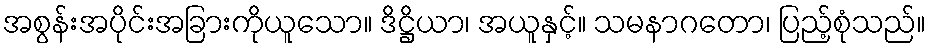
အစွန်းအပိုင်းအခြားကိုယူသော။ ဒိဋ္ဌိယာ၊ အယူနှင့်။ သမနာဂတော၊ ပြည့်စုံသည်။